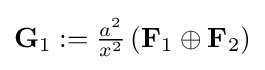
\mathbf {G} _{1}:={\tfrac {a^{2}}{x^{2}}}\left(\mathbf {F} _{1}\oplus \mathbf {F} _{2}\right)